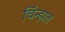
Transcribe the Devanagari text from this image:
चिंन्हात